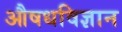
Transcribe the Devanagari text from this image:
औषधविज्ञान